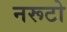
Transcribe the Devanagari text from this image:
नरूटो